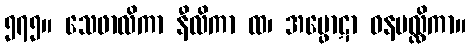
၅၇၅။ သေဖာလိကာ နီလိကာ ထ၊ အပ္ဖောဋာ ဝနမလ္လိကာ။